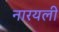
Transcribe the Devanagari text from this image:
नारयली